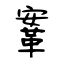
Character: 鞌